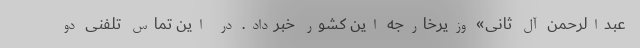
عبدالرحمن آل ثانی» وزیرخارجه این کشور خبرداد. در این تماس تلفنی دو